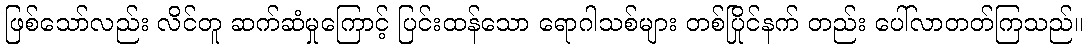
ဖြစ်သော်လည်း လိင်တူ ဆက်ဆံမှုကြောင့် ပြင်းထန်သော ရောဂါသစ်များ တစ်ပြိုင်နက် တည်း ပေါ်လာတတ်ကြသည်။